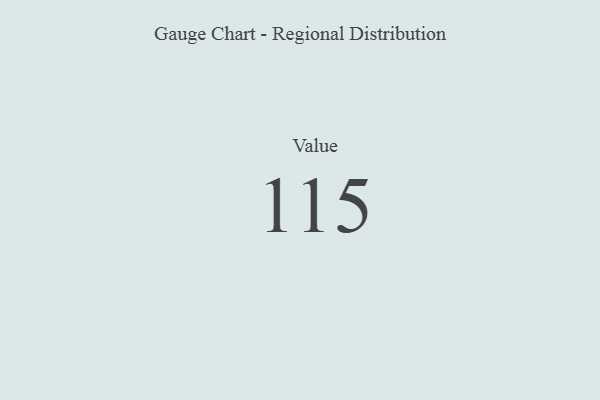
{"axis": {"x": "Metric", "y": "Value"}, "legend": [""], "data": [{"x": "Value", "y": 115, "type": ""}]}